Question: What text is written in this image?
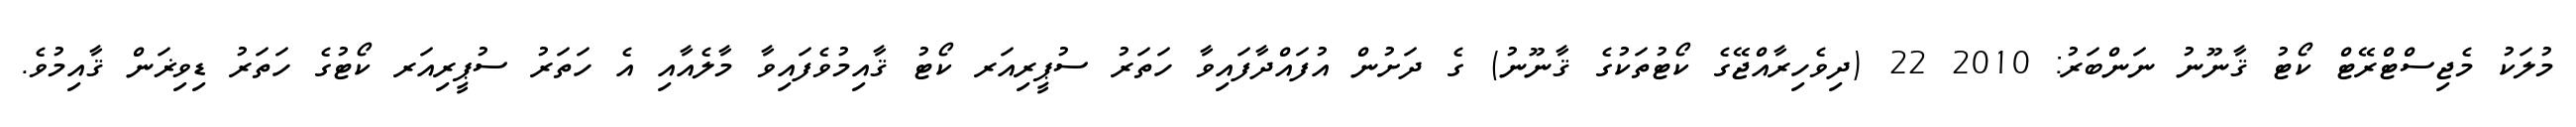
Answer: މުލަކު މެޖިސްޓްރޭޓް ކޯޓު ޤާނޫނު ނަންބަރު: 2010 22 (ދިވެހިރާއްޖޭގެ ކޯޓުތަކުގެ ޤާނޫނު) ގެ ދަށުން އުފައްދާފައިވާ ހަތަރު ސުޕީރިއަރ ކޯޓު ޤާއިމުވެފައިވާ މާލެއާއި އެ ހަތަރު ސުޕީރިއަރ ކޯޓުގެ ހަތަރު ޑިވިޜަން ޤާއިމުވެ.